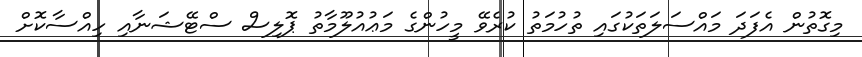
މިގޮތުން އެފަދަ މައްސަލަތަކުގައި ތުހުމަތު ކުރެވޭ މީހުންގެ މަޢުއުލޫމާތު ޕޮލިސް ސްޓޭޝަނާއި ހިއްސާކޮށް